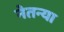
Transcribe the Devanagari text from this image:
नेतन्या